Plague in India, 1896, 1897 - Volume 1
Year: 1896
Disease focus: Plague
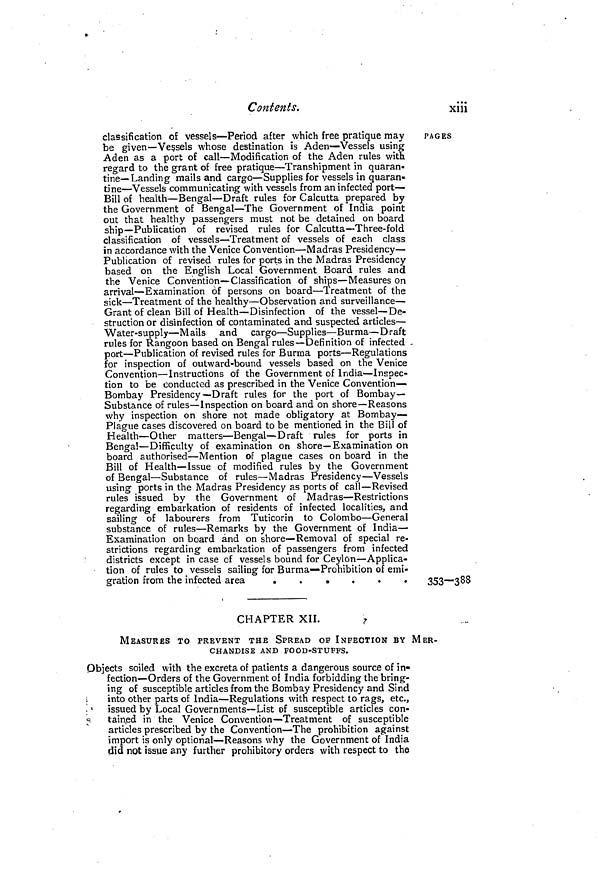
Contents.
xiii
classification of vessels—Period after which free pratique may
be given—Vessels whose destination is Aden—Vessels using
Aden as a port of call—Modification of the Aden rules with
regard to the grant of free pratique—Transhipment in quaran-
tine—Landing mails and cargo—Supplies for vessels in quaran-
tine—Vessels communicating with vessels from an infected port-
Bill of health—Bengal—Draft rules for Calcutta prepared by
the Government of Bengal—The Government of India point
out that healthy passengers must not be detained on board
ship—Publication of revised rules for Calcutta—Three-fold
classification of vessels—Treatment of vessels of each class
in accordance with the Venice Convention—Madras Presidency—
Publication of revised rules for ports in the Madras Presidency
based on the English Local Government Board rules and
the Venice Convention—Classification of ships—Measures on
arrival—Examination of persons on board—Treatment of the
sick—Treatment of the healthy—Observation and surveillance—
Grant of clean Bill of Health—Disinfection of the vessel—De-
struction or disinfection of contaminated and suspected articles—
Water-supply—Mails and cargo—Supplies—Burma—Draft
rules for Rangoon based on Bengal rules—Definition of infected -
port—Publication of revised rules for Burma ports—Regulations
for inspection of outward-bound vessels based on the Venice
Convention—Instructions of the Government of India—Inspec-
tion to be conducted as prescribed in the Venice Convention—
Bombay Presidency—Draft rules for the port of Bombay—
Substance of rules—Inspection on board and on shore—Reasons
why inspection on shore not made obligatory at Bombay—
Plague cases discovered on board to be mentioned in the Bill of
Health—Other matters—Bengal—Draft rules for ports in
Bengal—Difficulty of examination on shore—Examination on
board authorised—Mention of plague cases on board in the
Bill of Health—Issue of modified rules by the Government
of Bengal—Substance of rules—Madras Presidency—Vessels
using ports in the Madras Presidency as ports of call—Revised
rules issued by the Government of Madras—Restrictions
regarding embarkation of residents of infected localities, and
sailing of labourers from Tuticorin to Colombo—General
substance of rules—Remarks by the Government of India—
Examination on board and on shore—Removal of special re-
strictions regarding embarkation of passengers from infected
districts except in case of vessels bound for Ceylon—Applica-
tion of rules to vessels sailing for Burma—Prohibition of emi-
gration from the infected area
PAGES
353-388
CHAPTER XII.
MEASURES TO PREVENT THE SPREAD OF INFECTION BY MER-
CHANDISE AND FOOD-STUFFS.
Objects soiled with the excreta of patients a dangerous source of in-
fection—Orders of the Government of India forbidding the bring-
ing of susceptible articles from the Bombay Presidency and Sind
into other parts of India—Regulations with respect to rags, etc.,
issued by Local Governments—List of susceptible articles con-
tained in the Venice Convention—Treatment of susceptible
articles prescribed by the Convention—The prohibition against
import is only optional—Reasons why the Government of India
did not issue any further prohibitory orders with respect to the